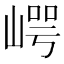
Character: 崿